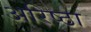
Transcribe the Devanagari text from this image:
अरिष्ठा